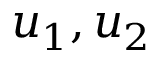
u _ { 1 } , u _ { 2 }